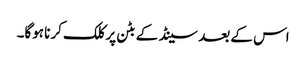
اس کے بعد سینڈ کے بٹن پر کلک کرنا ہوگا۔